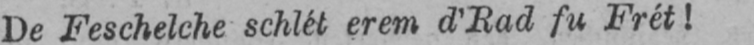
De Feschelche schlét erem d’Rad fu Frét!